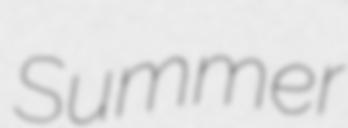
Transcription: Summer